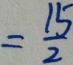
= \frac { 1 5 } { 2 }